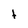
Character: t